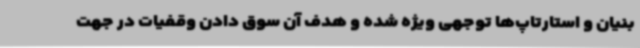
بنیان و استارتاپ‌ها توجهی ویژه شده و هدف آن سوق دادن وقفیات در جهت